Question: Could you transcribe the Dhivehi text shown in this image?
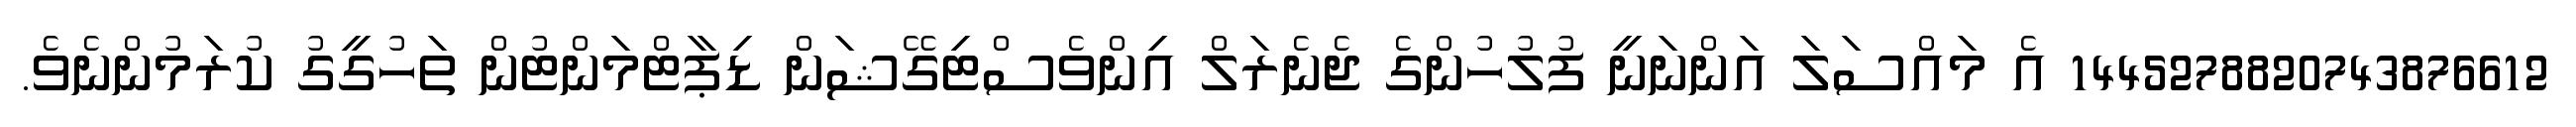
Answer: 1445278820743876612 އެ މައްސަލަ އަންނަނީ ފުލުހުންގެ ޖެނެރަލް އިންވެސްޓިގޭޝަން ޑިޕާޓްމަންޓުން ތަހުގީގު ކުރަމުންނެވެ.